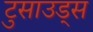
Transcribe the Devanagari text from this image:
टुसाउड्स